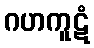
ဂဟကူဋံ